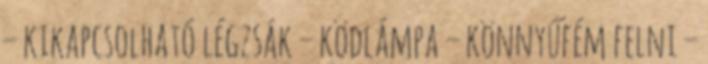
– kikapcsolható légzsák – ködlámpa – könnyűfém felni –